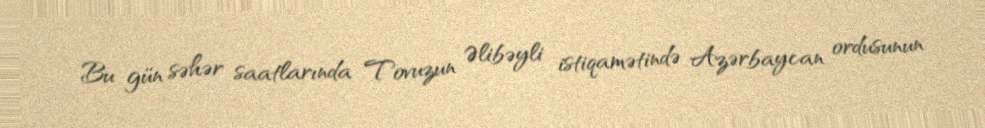
Bu gün səhər saatlarında Tovuzun Əlibəyli istiqamətində Azərbaycan ordusunun